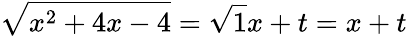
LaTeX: {\sqrt{x^{2}+4x-4}}={\sqrt{1}}x+t=x+t